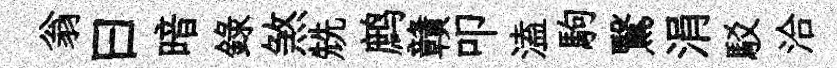
翁曰暗錄煞兟鹧贛叩溘駒鷖涓駁洽